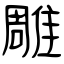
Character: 雕